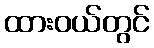
ထားဝယ်တွင်